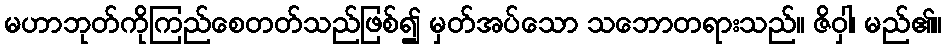
မဟာဘုတ်ကိုကြည်စေတတ်သည်ဖြစ်၍ မှတ်အပ်သော သဘောတရားသည်။ ဇိဝှါ၊ မည်၏။